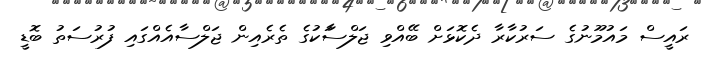
ރައީސް މައުމޫނުގެ ސަރުކާރާ ދެކޮޅަށް ބޭއްވި ޖަލްސާަކުގެ ތެރެއިން ޖަލްސާއެއްގައި ފުރުސަތު ބޮޑީ